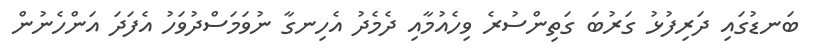
ބަނޑުގައި ދަރިފުޅު ގަރުބަ ގަތިންސުރެ ވިހެއުމާއި ދެމެދު އެހިނގާ ނުވަމަސްދުވަހު އެފަދަ އަންހެނުން